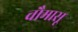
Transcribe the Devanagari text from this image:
चौमासू